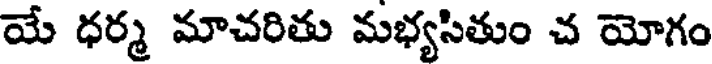
యే ధర్మ మాచరితు మభ్యసితుం చ యోగం